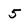
Character: 5